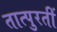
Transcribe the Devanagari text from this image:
तात्पुरतीं